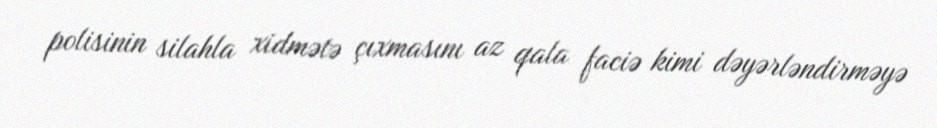
polisinin silahla xidmətə çıxmasını az qala faciə kimi dəyərləndirməyə